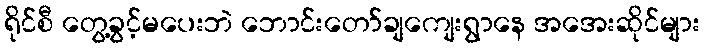
ရိုင်စီ တွေ့ခွင့်မပေးဘဲ ဘောင်းတော်ချကျေးရွာနေ အအေးဆိုင်များ